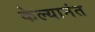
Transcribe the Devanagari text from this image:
केल्यानंत